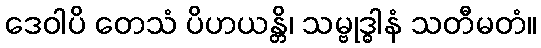
ဒေဝါပိ တေသံ ပိဟယန္တိ၊ သမ္ဗုဒ္ဓါနံ သတီမတံ။